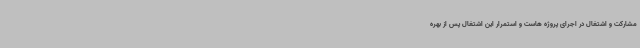
مشارکت و اشتغال در اجرای پروژه هاست و استمرار این اشتغال پس از بهره